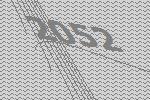
2052